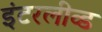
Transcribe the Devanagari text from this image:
इंटरलीव्ड